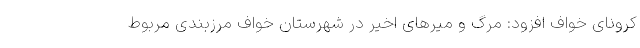
کرونای خواف افزود: مرگ و میرهای اخیر در شهرستان خواف مرزبندی مربوط